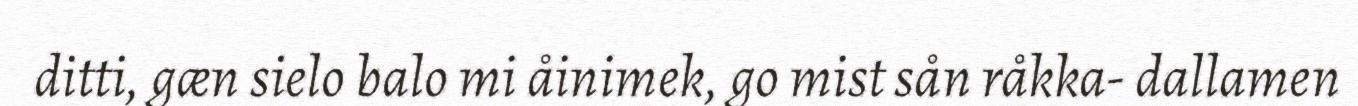
ditti, gæn sielo balo mi åinimek, go mist sån råkka- dallamen